Lunatic asylums in Bengal annual reports 1899-1911 - 1899-1911
Year: 1899
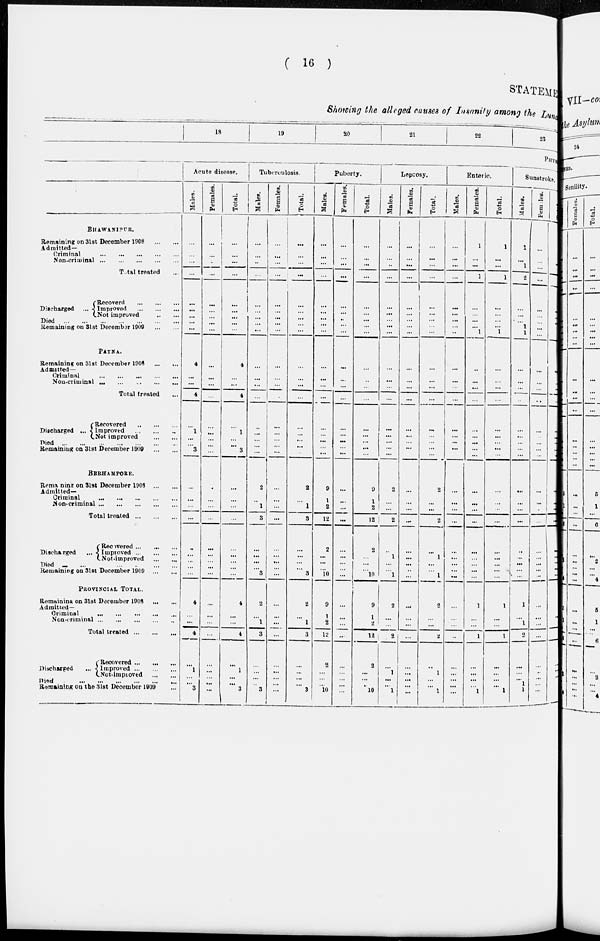
( 16 )
STATEMENT
Showing the alleged causes of Insanity among the Lunatic
18
19
20
21
22
25
PHYSICAL
BHAWlNlPUR.
Remaining on 31st December 1908
...
...
Admitted—
Criminal
...
...
...
...
...
Non-criminal
...
...
...
...
...
Total treated ...
Discharged ...
Recoverd
...
...
...
Improved
...
...
...
Not improved ... ...
Died
...
...
...
...
...
...
...
Remaining on 31st December 1909
...
...
PATNA
Remaining on 31st December 1908 ... ...
Admitted—
Criminal
...
...
...
...
...
Non-criminal ... ... ... ... ...
Total treated ...
Discharged
...
Recovered
...
...
...
Improved
...
...
...
Not improved ... ... ...
Died
...
...
...
...
...
...
...
Remaining on 31st December 1909
BERHAMPORE.
Remaining on 31st December 1908
...
...
Admitted—
Criminal ... ... ... ... ...
Non-criminal
...
...
...
...
...
Total treated
...
...
...
Discharged ...
Recovered ... ... ...
Improved ... ... ...
Not-improved
...
...
Died
...
...
...
...
...
Remaining on 31st December 1909
...
...
PROVINCIAL TOTAL.
Remaining on 31 st December 1908
...
...
Admitted—
Criminal
...
...
...
...
...
Non-criminal
...
...
...
...
Total treated
...
...
...
Discharged
...
Recovered ... ... ...
Improved
...
...
...
Not-impioved ... ... ...
Died
...
...
...
...
...
Remaining on the 31st December 1909 ...
Acute disease.
Males.
...
...
...
...
...
...
...
...
...
4
...
...
4
...
1
...
...
3
...
...
...
...
...
...
...
...
...
4
... ...
4
...
1
...
...
3
Females.
...
...
...
...
...
...
...
...
...
...
...
...
...
...
...
...
...
...
...
...
...
...
...
...
...
...
...
...
...
...
...
...
...
...
...
Total.
...
...
...
...
...
...
...
...
...
4
...
...
4
...
1
...
...
3
...
...
...
...
...
...
...
...
...
4
...
...
4
...
1
...
...
3
Tuberculosis.
Males.
...
...
...
...
...
...
...
...
...
...
...
...
...
...
...
...
...
...
2
..
1
3
...
...
...
...
3
2
... 1
3
...
...
...
...
3
Females.
...
...
...
...
...
...
...
...
...
...
...
...
...
...
...
...
...
...
...
...
...
...
...
...
...
...
...
...
...
...
...
...
...
...
...
...
Total.
...
...
...
...
...
...
...
...
...
...
...
...
...
...
...
...
...
...
2
...
1
3
...
...
...
...
3
2
... 1
3
...
...
...
...
3
Puberty.
Males.
...
...
...
...
...
...
...
...
...
...
...
...
...
...
...
...
...
9
1
2
12
2
...
...
...
10
9
1
2
12
2
...
...
...
10
Females.
...
...
...
...
...
...
...
...
...
...
...
...
...
...
...
...
...
...
...
...
...
...
...
...
...
...
...
...
...
...
...
...
...
...
...
...
Total.
...
...
...
...
...
...
...
...
...
...
...
...
...
...
...
...
...
...
9
1
2
12
2
...
...
...
10
9
1
2
12
2
...
...
...
10
Leprosy.
Males.
...
...
..
...
...
...
...
...
...
...
...
...
...
...
...
...
...
...
2
...
...
2
...
1
...
...
1
2
...
...
2
...
1
...
...
1
Females.
...
...
...
...
...
...
...
...
...
...
...
...
...
...
...
...
...
...
...
...
...
...
...
...
...
...
...
...
...
...
...
...
...
...
...
...
Total.
...
...
...
...
...
...
...
...
...
...
...
...
...
...
...
...
...
2
...
...
2
...
1
...
...
1
2
...
...
2
...
1
...
...
1
Enteric.
Males.
...
...
...
...
...
...
...
...
...
...
...
...
...
...
...
...
...
...
...
...
...
...
...
...
...
...
...
...
...
...
...
...
...
...
...
...
Females.
1
...
...
1
...
...
...
...
1
...
...
...
...
...
...
...
...
...
...
...
...
...
...
...
...
...
...
1
...
...
1
...
...
...
...
1
Total.
1
...
...
1
...
...
...
...
1
...
...
...
...
...
...
...
...
...
...
...
...
...
...
...
...
...
1
...
...
1
...
...
...
...
1
Sunstroke.
Males.
1
...
1
2
...
...
...
1
1
...
...
...
...
...
...
...
...
...
...
...
...
...
...
...
...
...
...
1
... 1
2
...
...
...
1
1
Females.
...
...
...
...
...
...
...
...
...
...
...
...
...
...
...
...
...
...
...
...
...
...
...
...
...
...
...
...
...
...
...
...
...
...
...
...
...
...
...
...
...
...
...
...
...
...
...
...
...
...
...
...
...
...
...
...
...
...
...
...
...
...
...
...
...
...
...
...